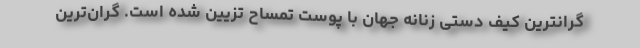
گرانترین کیف دستی زنانه جهان با پوست تمساح تزیین شده است. گران‌ترین